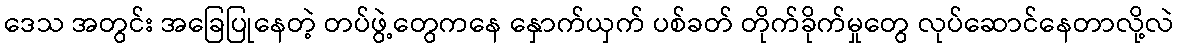
ဒေသ အတွင်း အခြေပြုနေတဲ့ တပ်ဖွဲ့တွေကနေ နှောက်ယှက် ပစ်ခတ် တိုက်ခိုက်မှုတွေ လုပ်ဆောင်နေတာလို့လဲ